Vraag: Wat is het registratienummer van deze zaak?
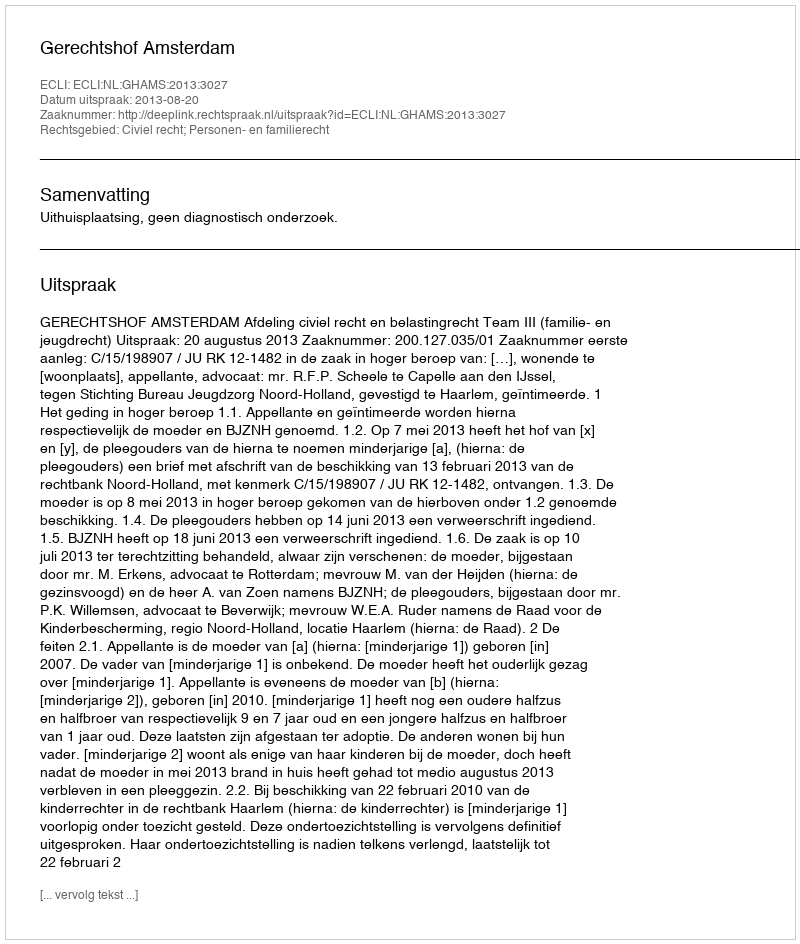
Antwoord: http://deeplink.rechtspraak.nl/uitspraak?id=ECLI:NL:GHAMS:2013:3027